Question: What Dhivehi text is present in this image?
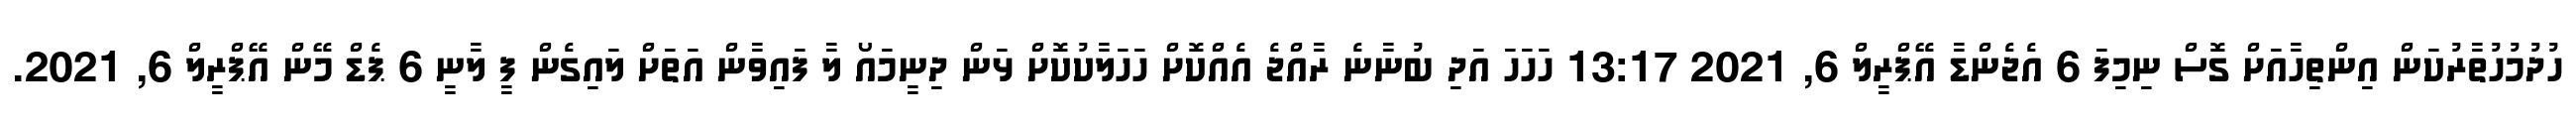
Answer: ހުދުމުހުތާރުކަން އިންތިހާއަށް ގޮސް ނިމިފަ 6 އެޖެންޑާ އޭޕްރީލް 6, 2021 13:17 ހަހަހަ އަދި ބުނާނެ ރާއްޖެ އެއްކޮށް ހަހަލާކުކޮށް ޅަން ދިނީމައޯ ލާ ފައިވާން އަތަށް ލައިގެން ފީ ލާނީ 6 ޕެޑް މޭން އޭޕްރީލް 6, 2021.